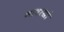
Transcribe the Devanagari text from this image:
भावरखो